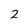
Character: 2